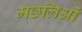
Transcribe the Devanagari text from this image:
मछलिओं